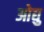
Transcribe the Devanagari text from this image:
ओद्यु